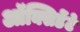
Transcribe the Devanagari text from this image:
ऑक्सिडेंटे